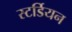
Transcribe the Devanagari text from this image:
स्टर्डियन